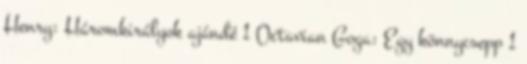
Henry: Háromkirályok ajándé 1 Octavian Goga: Egy könnycsepp 1